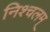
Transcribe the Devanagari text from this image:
निश्चलम्